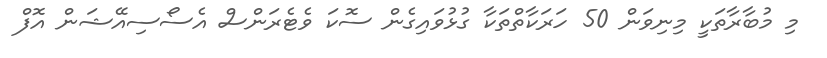
މި މުބާރާތަކީ މިނިވަން 50 ހަރަކާތްތަކާ ގުޅުވައިގެން ސޮކަ ވެޓެރަންސް އެސޯސިއޭޝަން އޮފް